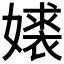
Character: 𫱹